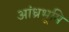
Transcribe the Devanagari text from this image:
आंध्रभूमि